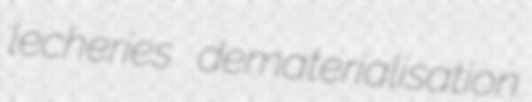
lecheries dematerialisation